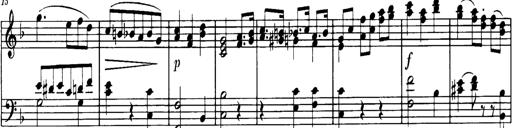
Title: Sonatine in C
Composer: Anton Eberl
Key: C major